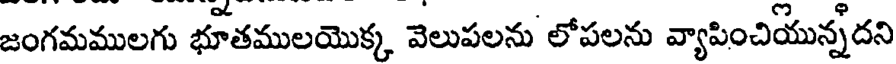
జంగమములగు భూతములయొక్క వెలుపలను లోపలను వ్యాపించియున్నదని